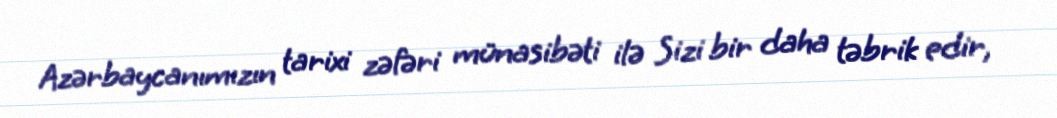
Azərbaycanımızın tarixi zəfəri münasibəti ilə Sizi bir daha təbrik edir,